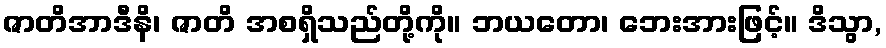
ဇာတိအာဒီနိ၊ ဇာတိ အစရှိသည်တို့ကို။ ဘယတော၊ ဘေးအားဖြင့်။ ဒိသွာ,